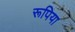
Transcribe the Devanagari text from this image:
रूपिया